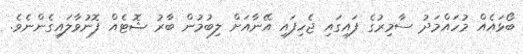
ބޯޅައެއް މުހައްމަދު ސާމިރުގެ ފައިގައި ޖެހިފައި އޭނާއަށް ލިބުމުން ބާރު ޝޮޓެއް ފޮނުވާލައިގެންނެވެ.